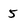
Character: 5